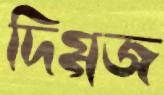
দিগ্‌গজ